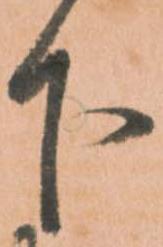
下